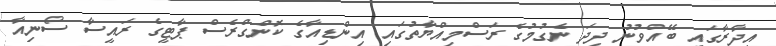
އިދާރާގައި ބޭއްވުނު ދިދަ ނެގުމުގެ ރަސްމިއްޔާތުގައި އިންޑިއާގެ ކޮންގްރެސް ޕާޓީގެ ރައީސާ ސޯނިއާ